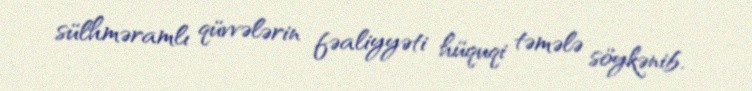
sülhməramlı qüvvələrin fəaliyyəti hüquqi təmələ söykənib.